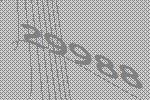
29988